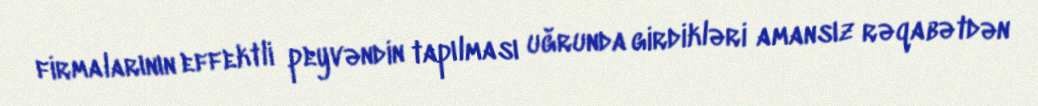
firmalarının effektli peyvəndin tapılması uğrunda girdikləri amansız rəqabətdən